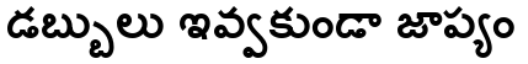
డబ్బులు ఇవ్వకుండా జాప్యం